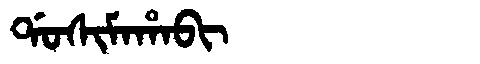
Manchu: ᡩᠣᠰᡳᠮᠠᡥᠠᠪᡳ
Romanization: DOSIMAHABI